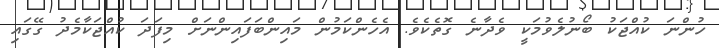
ހުންނަ ކުއްޖަކު ބޯނުލެވުމަކީ ވެދާނެ ގޮތެކެވެ. އެހެންކަމުން މައިންބަފައިންނަށް މިފަދަ ކުއްޖަކާމެދު ގޭގައި